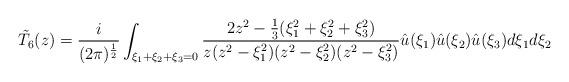
LaTeX: \begin{align*} \tilde T_6(z) = \frac{i}{(2\pi)^{\frac12}} \int_{\xi_1+\xi_2+\xi_3=0} \frac{2 z^2- \frac13 (\xi_1^2+\xi_2^2 +\xi_3^2)}{z(z^2-\xi_1^2)(z^2-\xi_2^2)(z^2-\xi_3^2)} \hat u(\xi_1) \hat u(\xi_2) \hat u(\xi_3) d\xi_1d\xi_2 \end{align*}